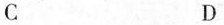
C D